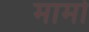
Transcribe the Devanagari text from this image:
मामो